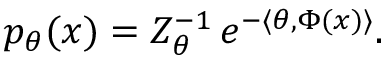
p _ { \theta } ( x ) = Z _ { \theta } ^ { - 1 } \, e ^ { - \langle \theta , \Phi ( x ) \rangle } .